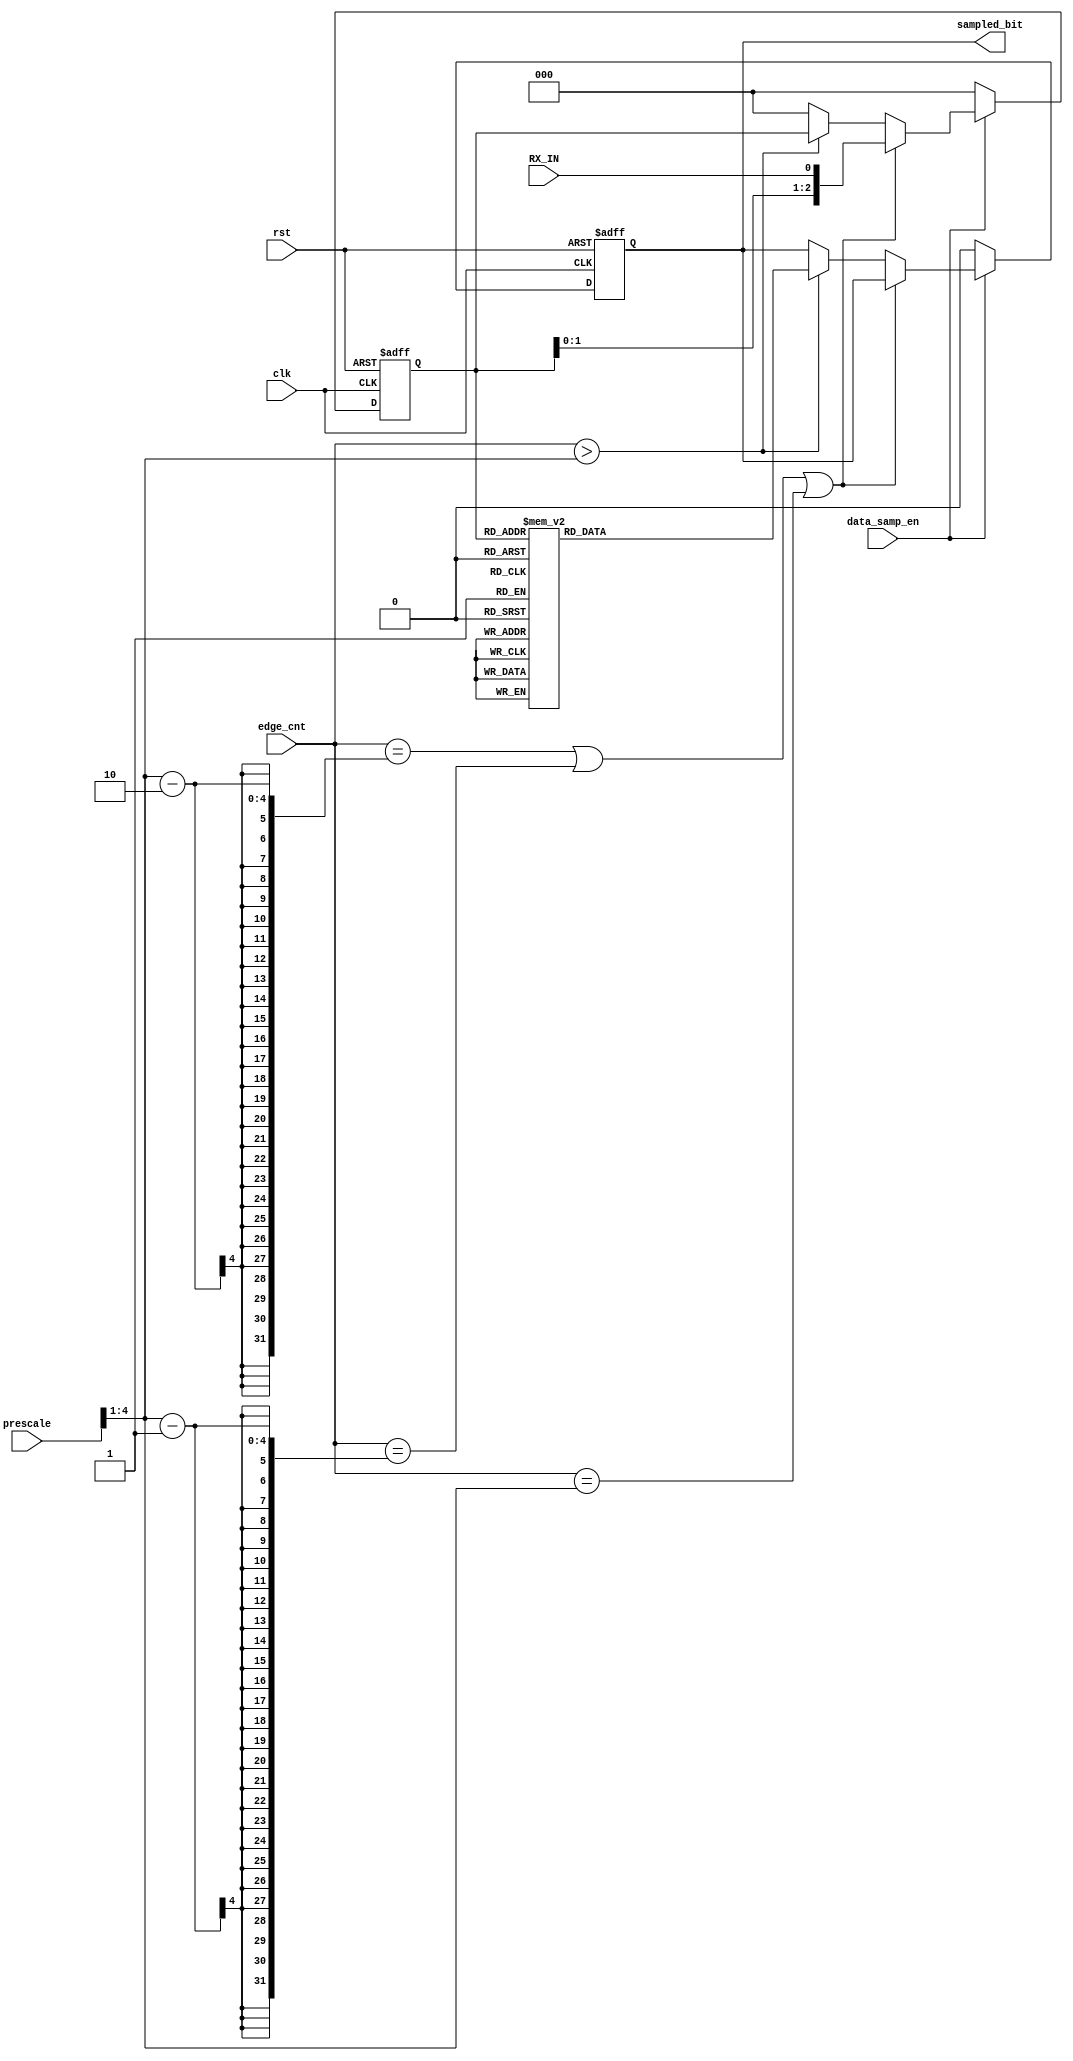
module data_sampling (
    input wire clk,
    input wire rst,
    input wire RX_IN,
    input wire [4:0] prescale,
    input wire [4:0] edge_cnt,
    input wire data_samp_en,

    output reg sampled_bit

);
reg [2:0] data; // for storing samples

always @(posedge clk or negedge rst) 
    begin
        if (!rst)
            begin
                sampled_bit<=0;
                data<=0;

            end
        else
            begin
                if(data_samp_en)
                    begin
                        if(edge_cnt==((prescale>>1)-2) || edge_cnt==((prescale>>1)-1) || edge_cnt==((prescale>>1)) )
                            data<={data,RX_IN};
                        else
                            begin
                                data<=data;
                                if (edge_cnt>((prescale>>1))) 
                                    begin
                                        case (data)
                                          3'b000:
                                            sampled_bit<=1'b0;
                                          3'b001:
                                            sampled_bit<=1'b0;    
                                          3'b010:
                                            sampled_bit<=1'b0;
                                          3'b011:
                                            sampled_bit<=1'b1;
                                          3'b100:
                                            sampled_bit<=1'b0;
                                          3'b101:
                                            sampled_bit<=1'b1;
                                          3'b110:
                                            sampled_bit<=1'b1;
                                          3'b111:
                                            sampled_bit<=1'b1;
                                        endcase 
                                    end
                                else
                                    begin
                                        sampled_bit<=sampled_bit;
                                        data<=0;  
                                    end
                            end
                    end
                
                else
                    begin
                        sampled_bit<=0;
                        data<=0;

                    end
                    
            end
    end


endmodule